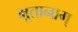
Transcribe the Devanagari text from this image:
भूतानाम्